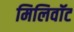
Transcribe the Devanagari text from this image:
मिलिवॉट